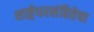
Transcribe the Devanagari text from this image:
शार्ङ्गधरसंहितेचा